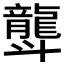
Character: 𪚛